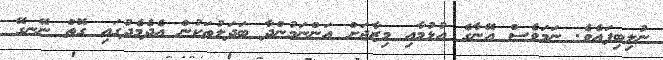
ނުލިބިފައެވެ. ނަމަވެސް އޭނާގެ އުޅުމާއި މިޒާޖަށް އަންނަމުންދާ ބަދަލުތަކުން އެދެމެދުގައި ގޮތް ނޭނގޭ